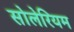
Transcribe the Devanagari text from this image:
सोलेरियम